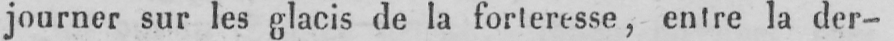
journer sur les glacis de la forteresse, entre la der-